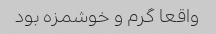
واقعا گرم و خوشمزه بود